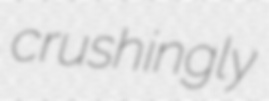
crushingly